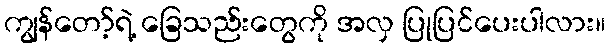
ကျွန်တော့်ရဲ့ ခြေသည်းတွေကို အလှ ပြုပြင်ပေးပါလား။